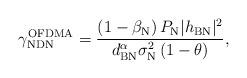
LaTeX: \begin{align*}\gamma_{\textrm{NDN}}^{\textrm{OFDMA}}=\frac{\left(1-\beta_{\textrm{N}} \right)P_\textrm{N}{|h_{\textrm{BN}}|^2} }{ {d_{\textrm{BN}}^{\alpha} \sigma_{\textrm{N}}^2} \left( 1-\theta\right) },\end{align*}